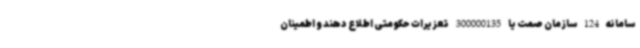
سامانه 124 سازمان صمت یا 300000135 تعزیرات حکومتی اطلاع دهند و اطمینان